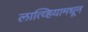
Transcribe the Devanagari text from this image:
लात्व्हियामधून